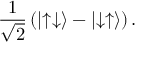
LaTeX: { \frac { 1 } { \sqrt { 2 } } } \left( \left| \uparrow \downarrow \right\rangle - \left| \downarrow \uparrow \right\rangle \right) .